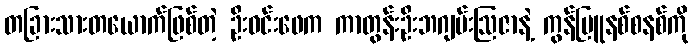
တခြားသားတယောက်ဖြစ်တဲ့ ဦးဝင်းဖေက ကာတွန်းဦးဘဂျမ်းဩဇာနဲ့ ကွန်မြူနစ်စနစ်ကို